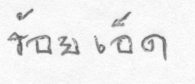
ร้อยเอ็ด